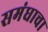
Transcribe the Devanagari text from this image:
समंधाचा